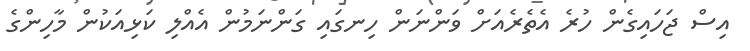
އިސް ޖަހައިގެން ހުރެ އެތެރެއަށް ވަންނަން ހިނގައި ގަންނަމުން އެއްލި ކަޅިއަކުން މާހިންގެ